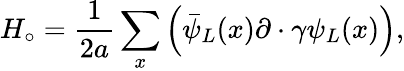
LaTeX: H_{\circ}={\frac{1}{2a}}\sum_{x}\left(\bar{\psi}_{L}(x)\partial\cdot\gamma\psi_{L}(x)\right),